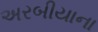
અરબીયાના